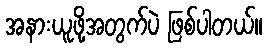
အနားယူဖို့အတွက်ပဲ ဖြစ်ပါတယ်။